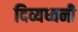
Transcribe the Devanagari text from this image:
दिव्यध्वनी